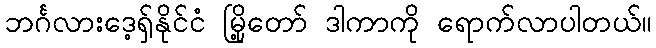
ဘင်္ဂလားဒေ့ရှ်နိုင်ငံ မြို့တော် ဒါကာကို ရောက်လာပါတယ်။